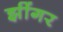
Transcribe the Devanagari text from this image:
झींगर